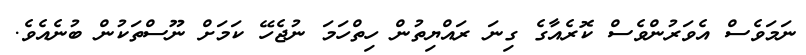
ނަމަވެސް އެވަރުންވެސް ކޮރެއާގެ ގިނަ ރައްޔިތުން ހިތްހަމަ ނުޖެހޭ ކަމަށް ނޫސްތަކުން ބުނެއެވެ.